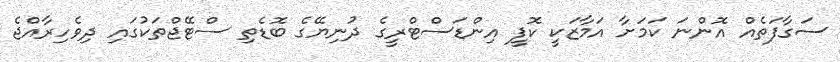
ސަގާފަތެއް އޮންނަ ކަމަށާ އަމާޒަކީ ކޮފީ އިންޑަސްޓްރީގެ ދުނިޔޭގެ ބޮޑެތި ސްޓޭޖްތަކުގައި ދިވެހިރާއްޖެ